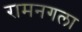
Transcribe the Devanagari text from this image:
रामनगला